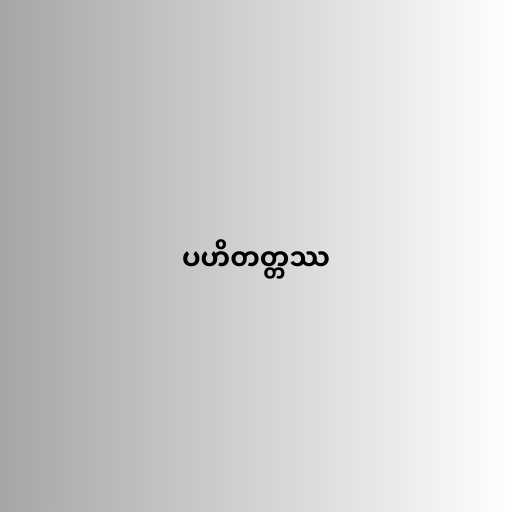
ပဟိတတ္တဿ